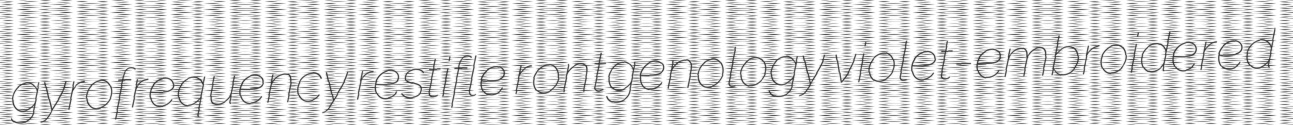
gyrofrequency restifle rontgenology violet-embroidered